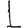
Digit: 1